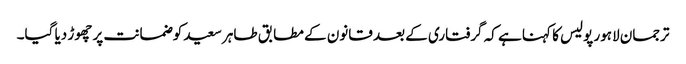
ترجمان لاہور پولیس کا کہنا ہے کہ گرفتاری کے بعد قانون کے مطابق طاہر سعید کوضمانت پر چھوڑ دیا گیا۔